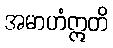
အမာဟံဣတိ